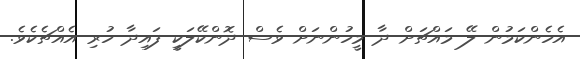
އެހެންކަމުން ލޭ މައްޗަށް ދާ މީހުންނަށް ވެސް ދޮންކޭލަކީ ފައިދާ ހުރި އެއްޗެކެވެ.